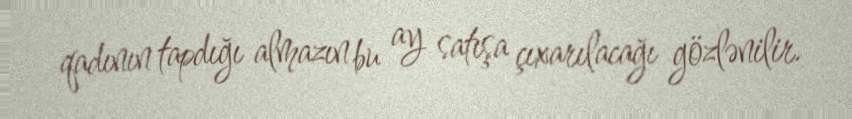
qadının tapdığı almazın bu ay satışa çıxarılacağı gözlənilir.